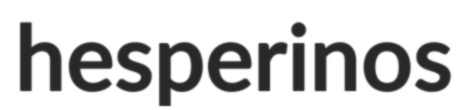
hesperinos